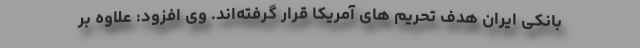
بانکی ایران هدف تحریم های آمریکا قرار گرفته‌اند. وی افزود: علاوه بر